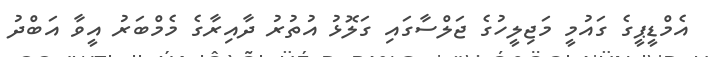
އެމްޑީޕީގެ ގައުމީ މަޖިލީހުގެ ޖަލްސާގައި ގަލޮޅު އުތުރު ދާއިރާގެ މެމްބަރު އީވާ އަބްދު